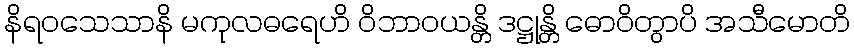
နိရဝသေသာနိ မကုလဓရေဟိ ဝိဘာဝယန္တိ ဒဋ္ဌုန္တိ ဓောဝိတွာပိ အသီမောတိ